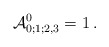
\begin{align*}\mathcal{A}_{0;1;2,3}^0=1 \,.\end{align*}